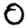
Digit: 0